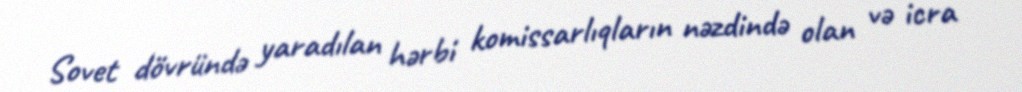
Sovet dövründə yaradılan hərbi komissarlıqların nəzdində olan və icra